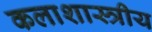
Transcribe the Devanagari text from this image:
कलाशास्त्रीय